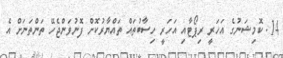
14. ކޮމިޝަނުގެ އަހަރީ ރިޕޯޓާއި އަހަރީ ހިސާބުތައް ތައްޔާރުކޮށް ފޮނުވަންޖެހޭ ތަންތަނަށް އެ